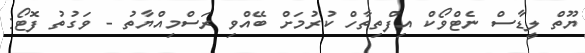
ޔޫތް ލީޑާސް ނެޓްވޯކް އިފްތިތާހް ކުރުމަށް ބޭއްވި ރަސްމިއްޔާތު - ވަގުތު ފޮޓޯ: